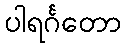
ပါရင်္ဂတော